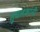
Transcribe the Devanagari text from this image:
तुघलकांनी